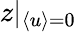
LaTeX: z|_{\langle u\rangle=0}